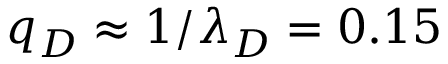
q _ { D } \approx 1 / \lambda _ { D } = 0 . 1 5